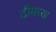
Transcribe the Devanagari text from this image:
टीमच्या